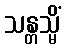
သန္တသ္မိံ